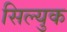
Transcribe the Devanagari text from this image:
सिल्युक